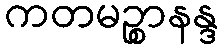
ကတမဉ္စာနန္ဒ